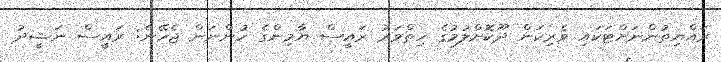
ރައްޔިތުންނަށްޓަކައި ވެރިކަން ދޫކޮށްލުމުގެ ހިތްވަރު ރައީސް ޔާމިންގެ ހުންނަން ޖެހޭނެ: ރައީސް ނަޝީދު